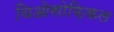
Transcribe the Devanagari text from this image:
थिओसोफ़िकल